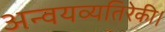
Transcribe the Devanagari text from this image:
अन्वयव्यतिरेकी।